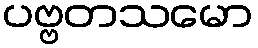
ပဗ္ဗတသမော